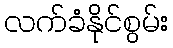
လက်ခံနိုင်စွမ်း